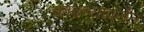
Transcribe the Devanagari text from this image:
काढण्यापर्यंत